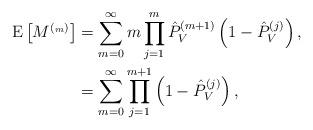
LaTeX: \begin{align*}\textrm{E}\left[ M^{(_m)}\right] &=\sum_{m=0}^{\infty}m\prod_{j=1}^{m}\hat{P}_{V}^{(m+1)}\left(1-\hat{P}_{V}^{(j)}\right),\\&=\sum_{m=0}^{\infty}\prod_{j=1}^{m+1}\left(1-\hat{P}_{V}^{(j)}\right),\end{align*}